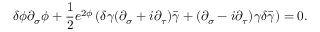
\delta \phi \partial _ { \sigma } \phi + \frac { 1 } { 2 } e ^ { 2 \phi } \left( \delta \gamma ( \partial _ { \sigma } + i \partial _ { \tau } ) \bar { \gamma } + ( \partial _ { \sigma } - i \partial _ { \tau } ) \gamma \delta \bar { \gamma } \right) = 0 .